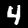
Digit: 4